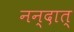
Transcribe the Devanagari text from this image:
नन्दात्